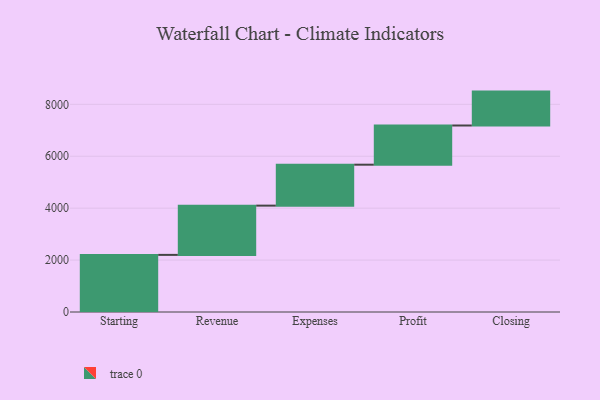
{"axis": {"x": "Step", "y": "Value"}, "legend": [""], "data": [{"x": "Starting", "y": 2200.0, "type": ""}, {"x": "Revenue", "y": 1898.0, "type": ""}, {"x": "Expenses", "y": 1577.0, "type": ""}, {"x": "Profit", "y": 1510.0, "type": ""}, {"x": "Closing", "y": 1306.0, "type": ""}]}